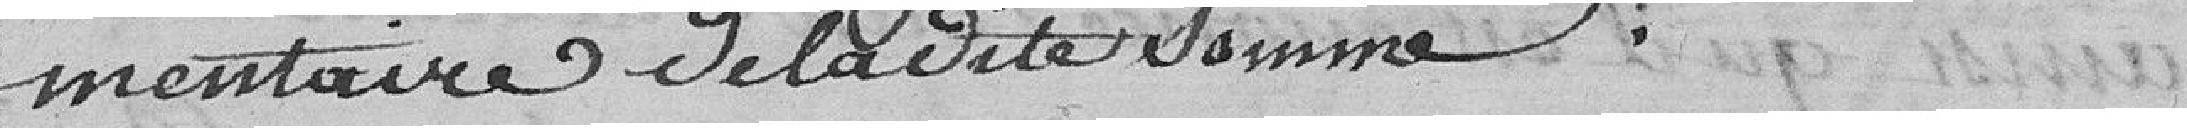
mentaire de ladite somme.